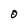
Character: 0